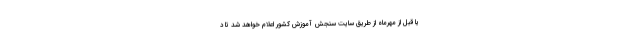
یا قبل از مهرماه از طریق سایت سنجش آموزش کشور اعلام خواهد شد تا د